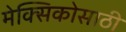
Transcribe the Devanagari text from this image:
मेक्सिकोसाठी